[Report on the health of British troops in the Madras command]
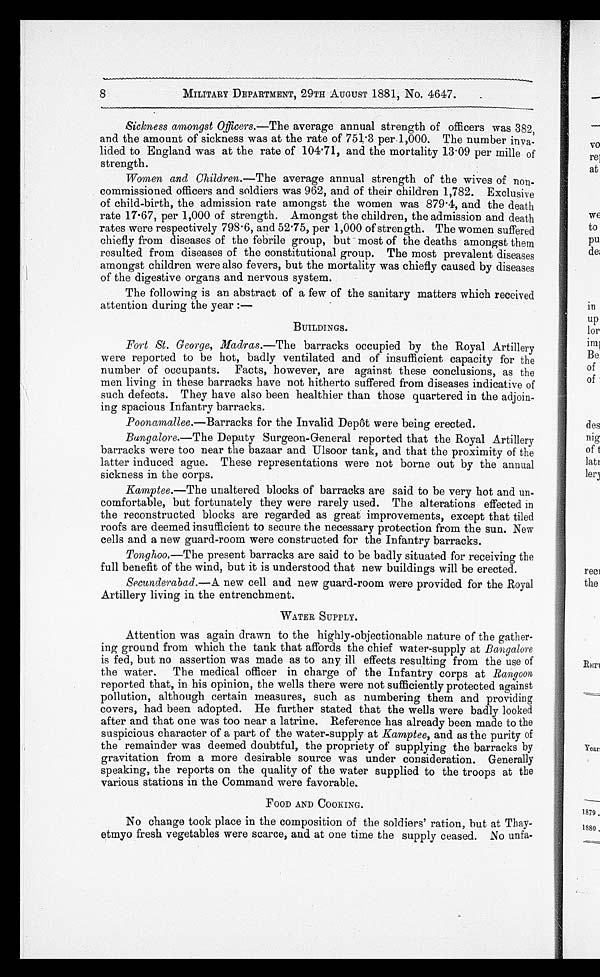
8
MILITARY DEPARTMENT, 29TH AUGUST 1881, No. 4647.
Sickness amongst Officers.—The average annual strength of officers was 382,
and the amount of sickness was at the rate of 751.3 per 1,000. The number inva
-lided to England was at the rate of 104.71, and the mortality 13.09 per mille of
strength.
Women and Children.— The average annual strength of the wives of non
-commissioned officers and soldiers was 962, and of their children 1,782. Exclusive
of child-birth, the admission rate amongst the women was 879.4, and the death
rate 17.67, per 1,000 of strength. Amongst the children, the admission and death
rates were respectively 798.6, and 52.75, per 1,000 of strength. The women suffered
chiefly from diseases of the febrile group, but most of the deaths amongst them
resulted from diseases of the constitutional group. The most prevalent diseases
amongst children were also fevers, but the mortality was chiefly caused by diseases
of the digestive organs and nervous system.
The following is an abstract of a few of the sanitary matters which received
attention during the year :—
BUILDINGS.
Fort St. George, Madras.— The barracks occupied by the Royal Artillery
were reported to be hot, badly ventilated and of insufficient capacity for the
number of occupants. Facts, however, are against these conclusions, as the
men living in these barracks have not hitherto suffered from diseases indicative of
such defects. They have also been healthier than those quartered in the adjoin
-ing spacious Infantry barracks.
Poonamallee.— Barracks for the Invalid Depôt were being erected.
Bangalore.—The Deputy Surgeon-General reported that the Royal Artillery
barracks were too near the bazaar and Ulsoor tank, and that the proximity of the
latter induced ague. These representations were not borne out by the annual
sickness in the corps.
Kamptee.—The unaltered blocks of barracks are said to be very hot and un
-comfortable, but fortunately they were rarely used. The alterations effected in
the reconstructed blocks are regarded as great improvements, except that tiled
roofs are deemed insufficient to secure the necessary protection from the sun. New
cells and a new guard-room were constructed for the Infantry barracks.
Tonghoo.—The present barracks are said to be badly situated for receiving the
full benefit of the wind, but it is understood that new buildings will be erected.
Secunderabad.—A new cell and new guard-room were provided for the Royal
Artillery living in the entrenchment.
WATER SUPPLY.
Attention was again drawn to the highly-objectionable nature of the gather
-ing ground from which the tank that affords the chief water-supply at Bangalore
is fed, but no assertion was made as to any ill effects resulting from the use of
the water. The medical officer in charge of the Infantry corps at Rangoon
reported that, in his opinion, the wells there were not sufficiently protected against
pollution, although certain measures, such as numbering them and providing
covers, had been adopted. He further stated that the wells were badly looked
after and that one was too near a latrine. Reference has already been made to the
suspicious character of a part of the water-supply at Kamptee, and as the purity of
the remainder was deemed doubtful, the propriety of supplying the barracks by
gravitation from a more desirable source was under consideration. Generally
speaking, the reports on the quality of the water supplied to the troops at the
various stations in the Command were favorable.
FOOD AND COOKING.
No change took place in the composition of the soldiers' ration, but at Thay
-etmyo fresh vegetables were scarce, and at one time the supply ceased. No unfa-